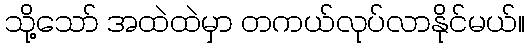
သို့သော် အထဲထဲမှာ တကယ်လုပ်လာနိုင်မယ်။